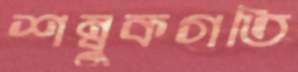
শম্বুকগতি